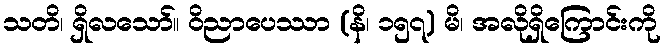
သတိ၊ ရှိလသော်။ ဝိညာပေဿာ (နိ၊ ၁၅၇) မိ၊ အလိုရှိကြောင်းကို